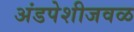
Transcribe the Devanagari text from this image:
अंडपेशीजवळ